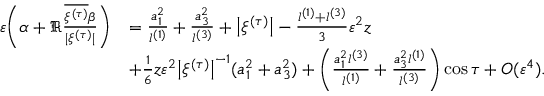
\begin{array} { r l } { \varepsilon \biggl ( \alpha + \Re \frac { \overline { { { \xi } ^ { ( \tau ) } } } \beta } { | \xi ^ { ( \tau ) } | } \biggr ) } & { = \frac { a _ { 1 } ^ { 2 } } { l ^ { ( 1 ) } } + \frac { a _ { 3 } ^ { 2 } } { l ^ { ( 3 ) } } + \bigl | \xi ^ { ( \tau ) } \bigr | - \frac { l ^ { ( 1 ) } + l ^ { ( 3 ) } } { 3 } \varepsilon ^ { 2 } z } \\ & { + \frac { 1 } { 6 } z \varepsilon ^ { 2 } \bigl | \xi ^ { ( \tau ) } \bigr | ^ { - 1 } ( a _ { 1 } ^ { 2 } + a _ { 3 } ^ { 2 } ) + \biggl ( \frac { a _ { 1 } ^ { 2 } l ^ { ( 3 ) } } { l ^ { ( 1 ) } } + \frac { a _ { 3 } ^ { 2 } l ^ { ( 1 ) } } { l ^ { ( 3 ) } } \biggr ) \cos \tau + O ( \varepsilon ^ { 4 } ) . } \end{array}